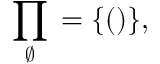
\prod _ { \varnothing } { } = \{ ( ) \} ,